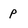
Character: p